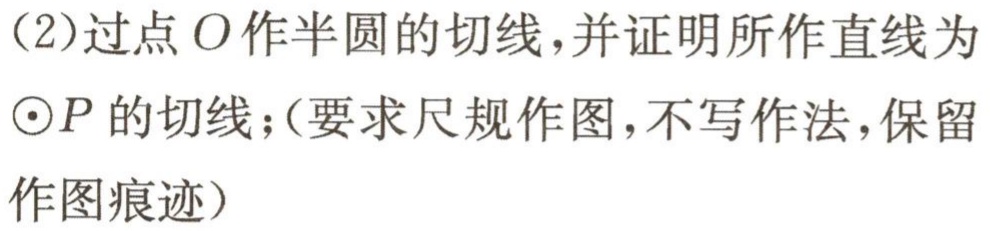
(2)过点\(O\)作半圆的切线，并证明所作直线为\(\odot P\)的切线；（要求尺规作图，不写作法，保留作图痕迹）